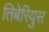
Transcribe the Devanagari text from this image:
तिबेरियुस